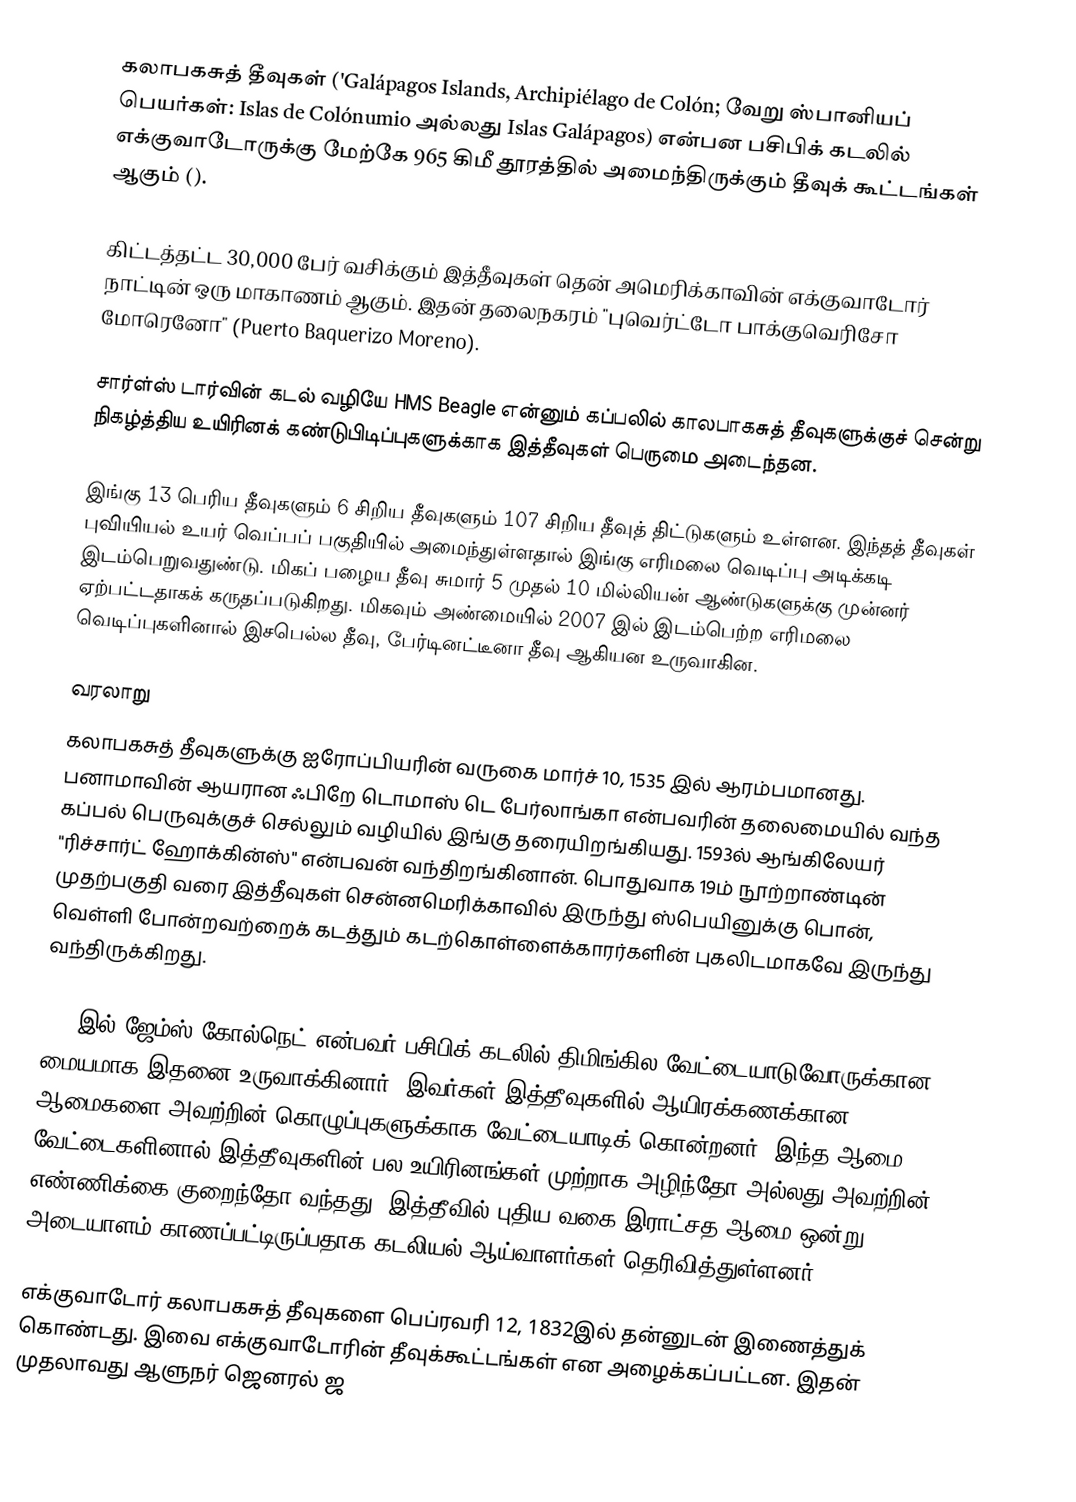
கலாபகசுத் தீவுகள் ('Galápagos Islands, Archipiélago de Colón; வேறு ஸ்பானியப் பெயர்கள்: Islas de Colónumio அல்லது Islas Galápagos) என்பன பசிபிக் கடலில் எக்குவாடோருக்கு மேற்கே 965 கிமீ தூரத்தில் அமைந்திருக்கும் தீவுக் கூட்டங்கள் ஆகும் ().

கிட்டத்தட்ட 30,000 பேர் வசிக்கும் இத்தீவுகள் தென் அமெரிக்காவின் எக்குவாடோர் நாட்டின் ஒரு மாகாணம் ஆகும். இதன் தலைநகரம் "புவெர்ட்டோ பாக்குவெரிசோ மோரெனோ" (Puerto Baquerizo Moreno).

சார்ள்ஸ் டார்வின் கடல் வழியே HMS Beagle என்னும் கப்பலில் காலபாகசுத் தீவுகளுக்குச் சென்று நிகழ்த்திய உயிரினக் கண்டுபிடிப்புகளுக்காக இத்தீவுகள் பெருமை அடைந்தன.

இங்கு 13 பெரிய தீவுகளும் 6 சிறிய தீவுகளும் 107 சிறிய தீவுத் திட்டுகளும் உள்ளன. இந்தத் தீவுகள் புவியியல் உயர் வெப்பப் பகுதியில் அமைந்துள்ளதால் இங்கு எரிமலை வெடிப்பு அடிக்கடி இடம்பெறுவதுண்டு. மிகப் பழைய தீவு சுமார் 5 முதல் 10 மில்லியன் ஆண்டுகளுக்கு முன்னர் ஏற்பட்டதாகக் கருதப்படுகிறது. மிகவும் அண்மையில் 2007 இல் இடம்பெற்ற எரிமலை வெடிப்புகளினால் இசபெல்ல தீவு, பேர்டினட்டீனா தீவு ஆகியன உருவாகின.

வரலாறு
கலாபகசுத் தீவுகளுக்கு ஐரோப்பியரின் வருகை மார்ச் 10, 1535 இல் ஆரம்பமானது. பனாமாவின் ஆயரான ஃபிறே டொமாஸ் டெ பேர்லாங்கா என்பவரின் தலைமையில் வந்த கப்பல் பெருவுக்குச் செல்லும் வழியில் இங்கு தரையிறங்கியது. 1593ல் ஆங்கிலேயர் "ரிச்சார்ட் ஹோக்கின்ஸ்" என்பவன் வந்திறங்கினான். பொதுவாக 19ம் நூற்றாண்டின் முதற்பகுதி வரை இத்தீவுகள் சென்னமெரிக்காவில் இருந்து ஸ்பெயினுக்கு பொன், வெள்ளி போன்றவற்றைக் கடத்தும் கடற்கொள்ளைக்காரர்களின் புகலிடமாகவே இருந்து வந்திருக்கிறது.

1793இல் ஜேம்ஸ் கோல்நெட் என்பவர் பசிபிக் கடலில் திமிங்கில வேட்டையாடுவோருக்கான மையமாக இதனை உருவாக்கினார். இவர்கள் இத்தீவுகளில் ஆயிரக்கணக்கான ஆமைகளை அவற்றின் கொழுப்புகளுக்காக வேட்டையாடிக் கொன்றனர். இந்த ஆமை வேட்டைகளினால் இத்தீவுகளின் பல உயிரினங்கள் முற்றாக அழிந்தோ அல்லது அவற்றின் எண்ணிக்கை குறைந்தோ வந்தது. இத்தீவில் புதிய வகை இராட்சத ஆமை ஒன்று அடையாளம் காணப்பட்டிருப்பதாக கடலியல் ஆய்வாளர்கள் தெரிவித்துள்ளனர்

எக்குவாடோர் கலாபகசுத் தீவுகளை பெப்ரவரி 12, 1832இல் தன்னுடன் இணைத்துக் கொண்டது. இவை எக்குவாடோரின் தீவுக்கூட்டங்கள் என அழைக்கப்பட்டன. இதன் முதலாவது ஆளுநர் ஜெனரல் ஜ